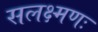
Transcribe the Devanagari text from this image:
सलक्ष्मणः